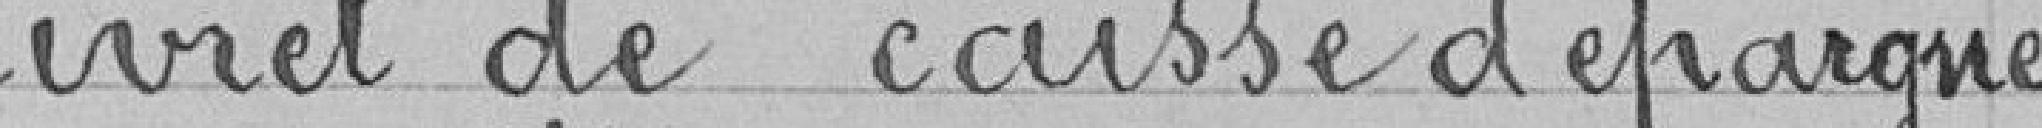
livret de caisse d'épargne